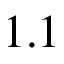
1 . 1